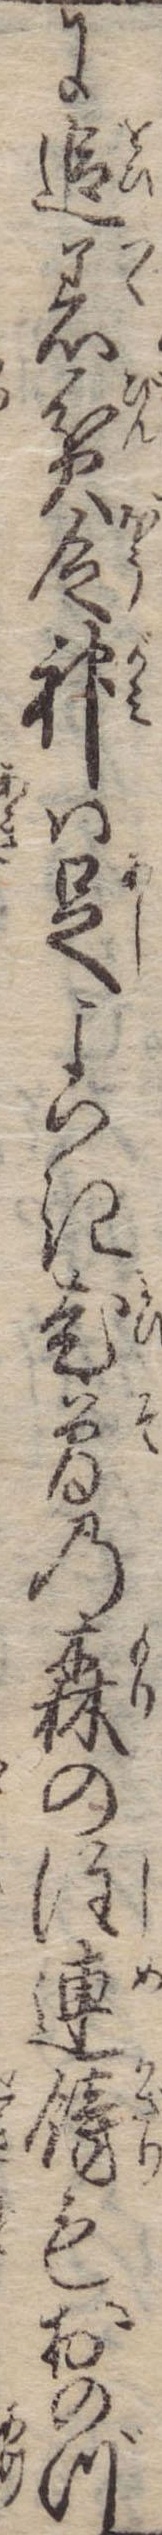
に追着貧乏神は足よはき老曽の森の注連飾もおのづ